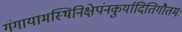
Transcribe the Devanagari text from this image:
गंगायामस्थिनिक्षेपंनकुर्यादितिगौतमः